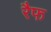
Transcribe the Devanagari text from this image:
रैफ